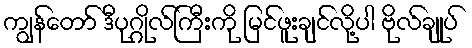
ကျွန်တော် ဒီပုဂ္ဂိုလ်ကြီးကို မြင်ဖူးချင်လို့ပါ ဗိုလ်ချုပ်